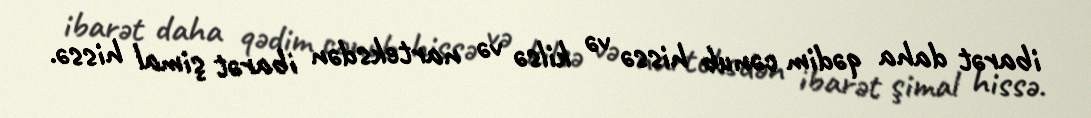
ibarət daha qədim cənub hissə və kilsə və narteksdən ibarət şimal hissə.